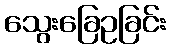
သွေးခြေဥခြင်း